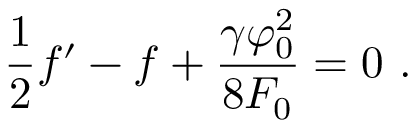
\frac { 1 } { 2 } f ^ { \prime } - f + \frac { \gamma \varphi _ { 0 } ^ { 2 } } { 8 F _ { 0 } } = 0 \ .